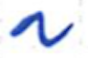
Text: a
Cross-out: clean
Writing tool: ballpoint